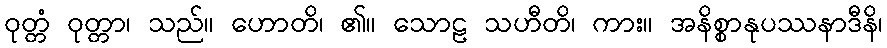
ဝုတ္တံ ဝုတ္တာ၊ သည်။ ဟောတိ၊ ၏။ သောဠ သဟီတိ၊ ကား။ အနိစ္စာနုပဿနာဒီနိ၊